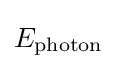
E_{\text{photon}}